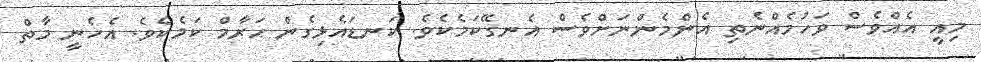
މިއީ އެއްވެސް ވަހުމެއްނެތި އެންމެންނަށްވެސް އެނގޭކަމެކެވެ. ކަނޑައެޅިގެން ޙަރާމް ކަމެކެވެ. އެހެނީ މާތް